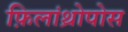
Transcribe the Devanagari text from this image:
फ़िलांथ्रोपोस